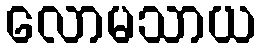
လောမသာယ